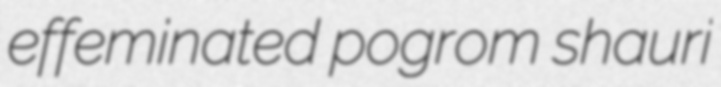
effeminated pogrom shauri